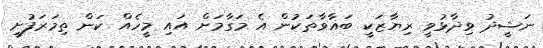
ނަޝީދު ވިދާޅުވީ ރިޔާޒަކީ ބަޣާވާތަކުން އެ މަގާމަށް އައި މީހެއް ކަން ތިމަރަފުށީ